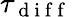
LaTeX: \tau_{\mathrm{~d~i~f~f~}}